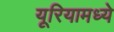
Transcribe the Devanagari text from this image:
यूरियामध्ये